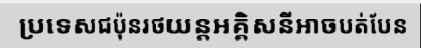
ប្រទេសជប៉ុនរថយន្តអគ្គិសនីអាចបត់បែន